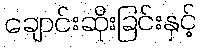
ချောင်းဆိုးခြင်းနှင့်